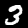
Label: 3